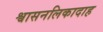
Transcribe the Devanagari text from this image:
श्वासनलिकादाह